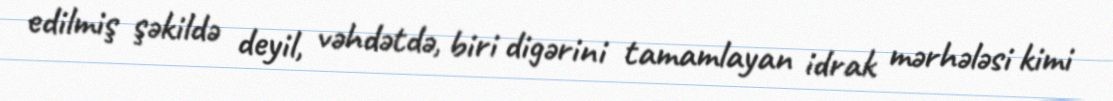
edilmiş şəkildə deyil, vəhdətdə, biri digərini tamamlayan idrak mərhələsi kimi